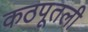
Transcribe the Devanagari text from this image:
कठपूतली